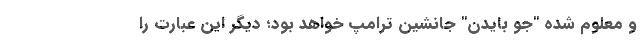
و معلوم شده "جو بایدن" جانشین ترامپ خواهد بود؛ دیگر این عبارت را